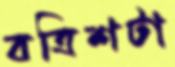
বত্রিশটা